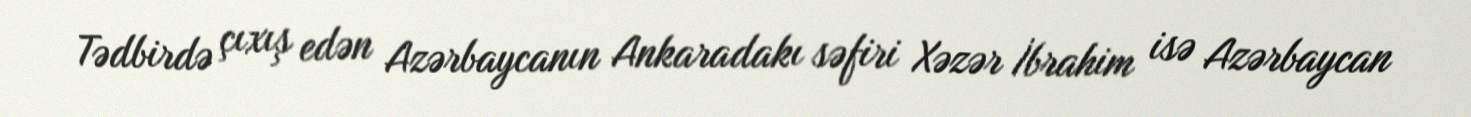
Tədbirdə çıxış edən Azərbaycanın Ankaradakı səfiri Xəzər İbrahim isə Azərbaycan